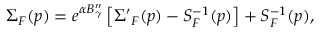
\Sigma _ { F } ( p ) = e ^ { \alpha B _ { \gamma } ^ { \prime \prime } } \left[ { \Sigma ^ { \prime } } _ { F } ( p ) - S _ { F } ^ { - 1 } ( p ) \right] + S _ { F } ^ { - 1 } ( p ) ,